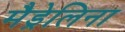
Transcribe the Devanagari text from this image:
मैड्रेलिना